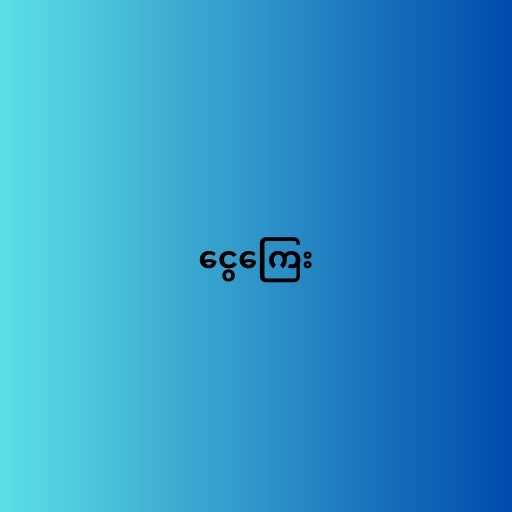
ငွေကြေး